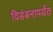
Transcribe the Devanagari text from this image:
विडंबनापर्यंत